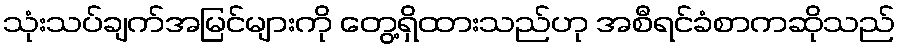
သုံးသပ်ချက်အမြင်များကို တွေ့ရှိထားသည်ဟု အစီရင်ခံစာကဆိုသည်